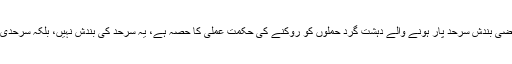
انہوں نے وضاحت کی کہ پاک-افغان سرحد کی عارضی بندش سرحد پار ہونے والے دہشت گرد حملوں کو روکنے کی حکمت عملی کا حصہ ہے، یہ سرحد کی بندش نہیں، بلکہ سرحدی نظام کو بہتر بنانے کے لیے اٹھایا گیا ایک قدم ہے۔